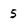
Character: 5